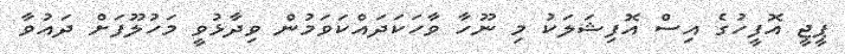
ޕީޖީ އޮފީހުގެ އިސް އޮފިޝަލަކު މި ނޫހާ ވާހަކަދައްކަވަމުން ވިދާޅުވީ މަހުލޫފަށް ދައުވާ